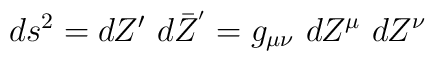
ds^{2} = dZ'~d\bar{Z}^{'} = g_{\mu \nu}~dZ^{\mu}~dZ^{\nu}